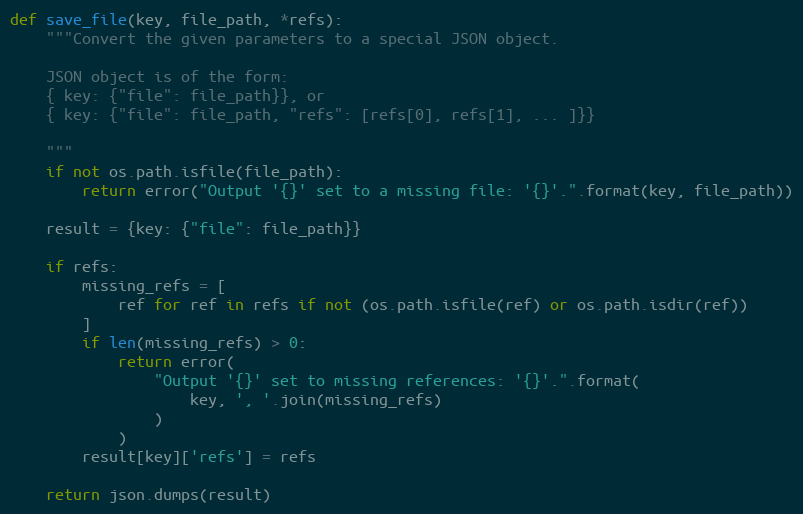
Language: Python
def save_file(key, file_path, *refs):
    """Convert the given parameters to a special JSON object.

    JSON object is of the form:
    { key: {"file": file_path}}, or
    { key: {"file": file_path, "refs": [refs[0], refs[1], ... ]}}

    """
    if not os.path.isfile(file_path):
        return error("Output '{}' set to a missing file: '{}'.".format(key, file_path))

    result = {key: {"file": file_path}}

    if refs:
        missing_refs = [
            ref for ref in refs if not (os.path.isfile(ref) or os.path.isdir(ref))
        ]
        if len(missing_refs) > 0:
            return error(
                "Output '{}' set to missing references: '{}'.".format(
                    key, ', '.join(missing_refs)
                )
            )
        result[key]['refs'] = refs

    return json.dumps(result)